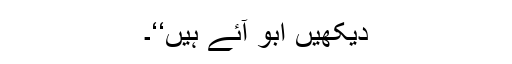
دیکھیں ابّو آئے ہیں‘‘۔